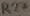
Text: R27